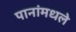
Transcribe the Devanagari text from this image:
पानांमधले